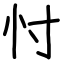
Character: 忖